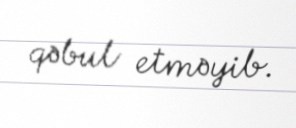
qəbul etməyib.